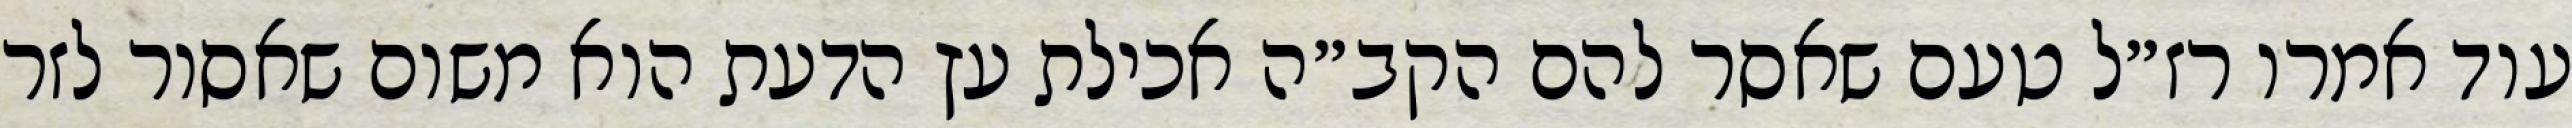
עוד אמרו רז״ל טעם שאסר להם הקב״ה אכילת עץ הדעת הוא משום שאסור לזר